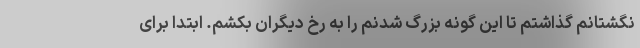
نگشتانم گذاشتم تا این گونه بزرگ شدنم را به رخ دیگران بکشم. ابتدا برای